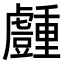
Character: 𧰜